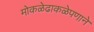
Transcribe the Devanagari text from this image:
मोकळेढाकळेपणाने